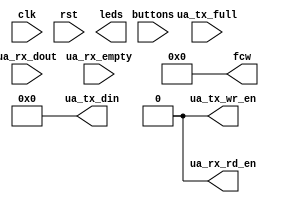
module variable_length_piano (
    input clk,
    input rst,

    input [2:0] buttons,
    output [5:0] leds,

    output [7:0] ua_tx_din,
    output ua_tx_wr_en,
    input ua_tx_full,

    input [7:0] ua_rx_dout,
    input ua_rx_empty,
    output ua_rx_rd_en,

    output [23:0] fcw
);
    assign fcw = 'd0;
    assign ua_tx_din = 0;
    assign ua_tx_wr_en = 0;
    assign ua_rx_rd_en = 0;
endmodule